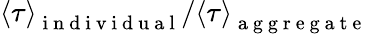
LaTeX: \left\langle\tau\right\rangle_{\mathrm{~i~n~d~i~v~i~d~u~a~l~}}/\left\langle\tau\right\rangle_{\mathrm{~a~g~g~r~e~g~a~t~e~}}